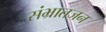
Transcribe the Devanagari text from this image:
संभ्रातजन